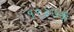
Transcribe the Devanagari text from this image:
१९३७ची